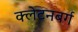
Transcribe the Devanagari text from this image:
क्लेटनबर्ग